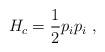
LaTeX: \begin{align*}H_c={1\over 2} p_i p_i \,\,,\end{align*}